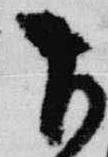
下